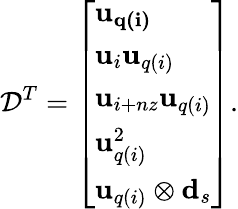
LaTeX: \mathcal{D}^{T}=\left[\begin{array}{l}{\mathbf{u_{q(i)}}}\\ {\mathbf{u}_{i}\mathbf{u}_{q(i)}}\\ {\mathbf{u}_{i+nz}\mathbf{u}_{q(i)}}\\ {\mathbf{u}_{q(i)}^{2}}\\ {\mathbf{u}_{q(i)}\otimes\mathbf{d}_{s}}\end{array}\right].